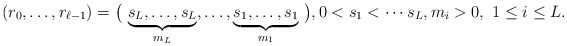
\begin{align*}(r_0, \ldots, r_{\ell-1}) = \big(\, \underbrace{s_L, \ldots, s_L}_{m_L}, \ldots , \underbrace{s_1, \ldots, s_1}_{m_1}\, \big), 0< s_1 < \cdots s_L, m_i >0, \ 1\leq i \leq L.\end{align*}